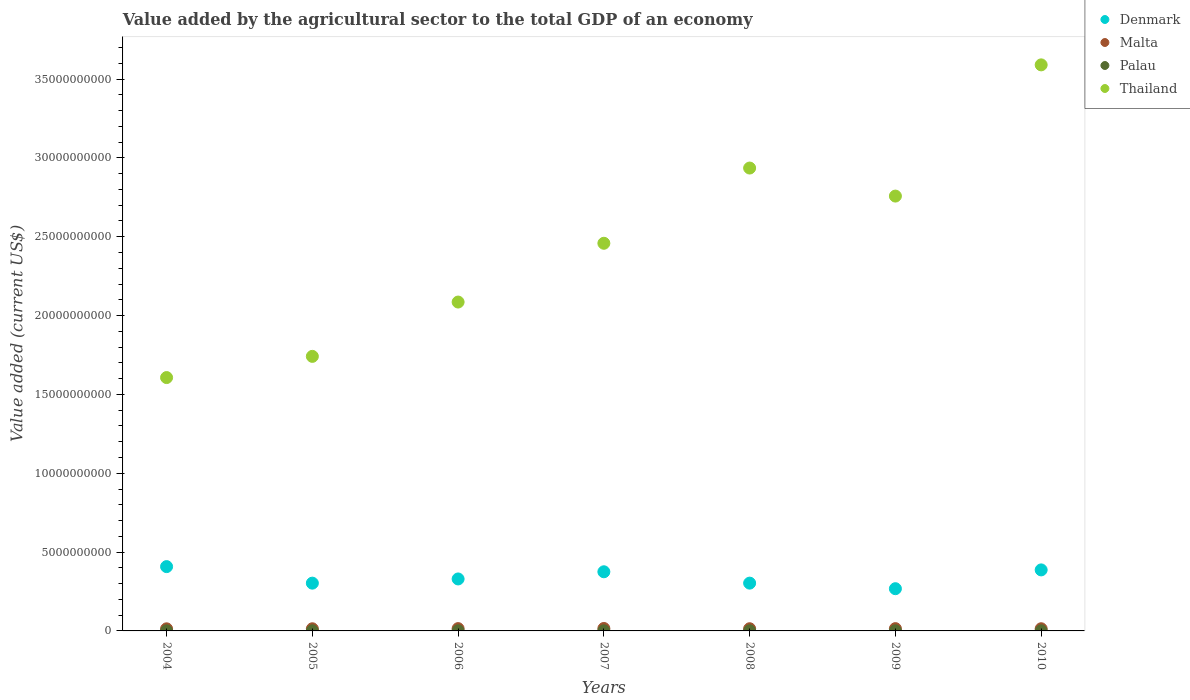
| Years | Denmark | Malta | Palau | Thailand |
 | --- | --- | --- | --- | --- |
 | 2004 | 4.08e+09 | 1.33e+08 | 6.77e+06 | 1.61e+10 |
 | 2005 | 3.03e+09 | 1.36e+08 | 7.64e+06 | 1.74e+10 |
 | 2006 | 3.3e+09 | 1.47e+08 | 8.54e+06 | 2.09e+10 |
 | 2007 | 3.75e+09 | 1.55e+08 | 7.87e+06 | 2.46e+10 |
 | 2008 | 3.03e+09 | 1.39e+08 | 8.46e+06 | 2.94e+10 |
 | 2009 | 2.68e+09 | 1.45e+08 | 7.9e+06 | 2.76e+10 |
 | 2010 | 3.87e+09 | 1.38e+08 | 7.58e+06 | 3.59e+10 |